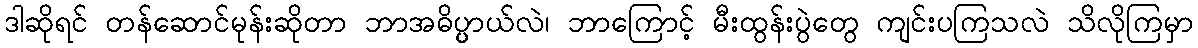
ဒါဆိုရင် တန်ဆောင်မုန်းဆိုတာ ဘာအဓိပ္ပ္ပာယ်လဲ၊ ဘာကြောင့် မီးထွန်းပွဲတွေ ကျင်းပကြသလဲ သိလိုကြမှာ